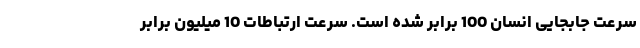
سرعت جابجایی انسان 100 برابر شده است. سرعت ارتباطات 10 میلیون برابر